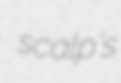
scalp's